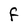
Character: F